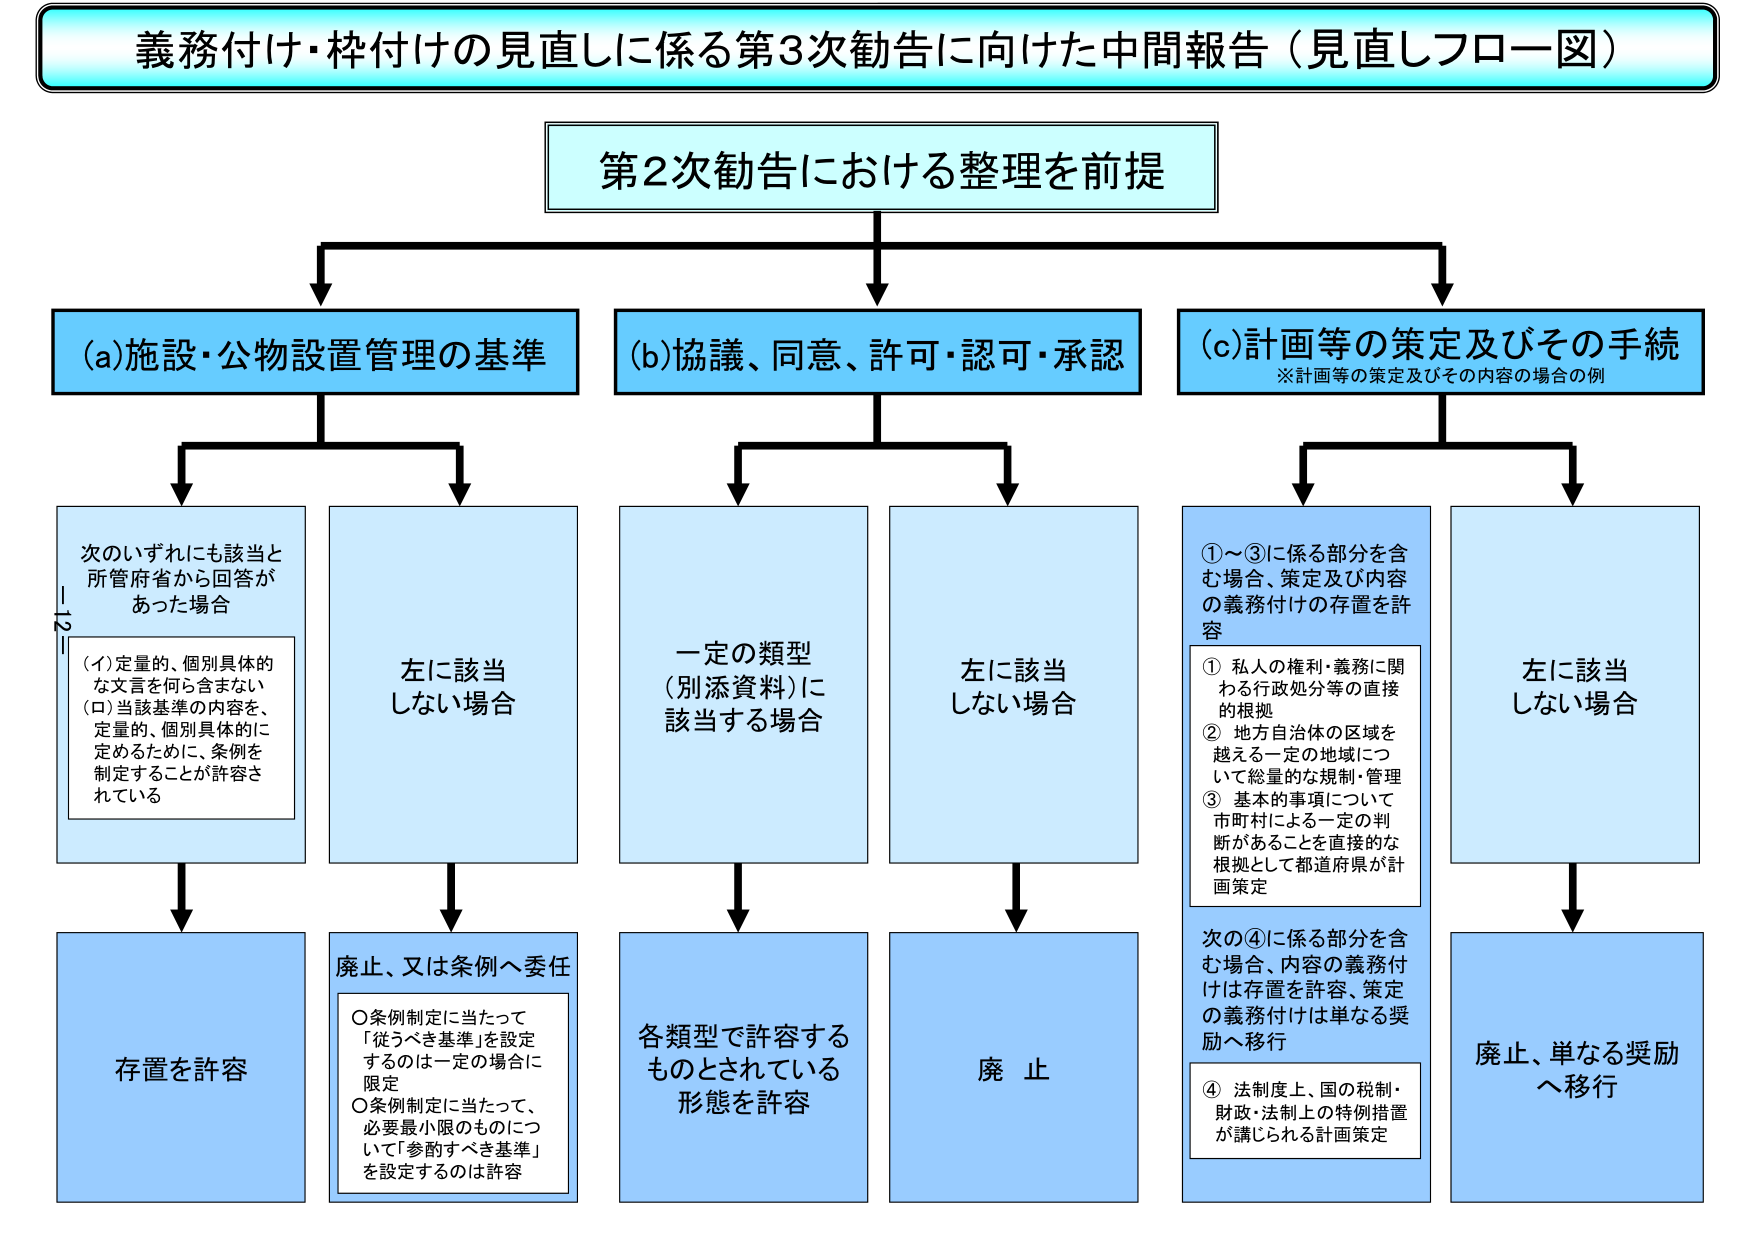
義務付け・枠付けの見直しに係る第3次勧告に向けた中間報告（見直しフロー図）

第2次勧告における整理を前提

(a)施設・公物設置管理の基準
(b)協議、同意、許可・認可・承認
(c)計画等の策定及びその手続
※計画等の策定及びその内容の場合の例

次のいずれにも該当と
所管府省から回答が
あった場合
（イ）定量的、個別具体的
な文言を何ら含まない
（ロ）当該基準の内容を、
定量的、個別具体的に
定めるために、条例を
制定することが許容さ
れている

左に該当
しない場合

存置を許容

廃止、又は条例へ委任
○条例制定に当たって
「従うべき基準」を設定
するのは一定の場合に
限定
○条例制定に当たって、
必要最小限のものにつ
いて「参酌すべき基準」
を設定するのは許容

一定の類型
（別添資料）に
該当する場合

左に該当
しない場合

各類型で許容する
ものとされている
形態を許容

廃 止

①～③に係る部分を含
む場合、策定及び内容
の義務付けの存置を許
容
① 私人の権利・義務に関
わる行政処分等の直接
的根拠
② 地方自治体の区域を
越える一定の地域につ
いて総量的な規制・管理
③ 基本的事項について
市町村による一定の判
断があることを直接的な
根拠として都道府県が計
画策定

次の④に係る部分を含
む場合、内容の義務付
けは存置を許容、策定
の義務付けは単なる奨
励へ移行
④ 法制度上、国の税制・
財政・法制上の特例措置
が講じられる計画策定

左に該当
しない場合

廃止、単なる奨励
へ移行

-12-